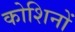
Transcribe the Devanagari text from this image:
कोशिनों